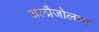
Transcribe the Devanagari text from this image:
अल्प्रैजोलाम